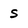
Character: s